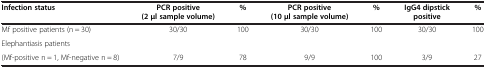
| Infection status | PCR positive (2 μl sample volume) | % | PCR positive (10 μl sample volume) | % | IgG4 dipstick positive | % |
 | --- | --- | --- | --- | --- | --- | --- |
 | Mf positive patients (n = 30) | 30/30 | 100 | 30/30 | 100 | 30/30 | 100 |
 | Elephantiasis patients |  |  |  |  |  |  |
 | (Mf-positive n = 1, Mf-negative n = 8) | 7/9 | 78 | 9/9 | 100 | 3/9 | 27 |